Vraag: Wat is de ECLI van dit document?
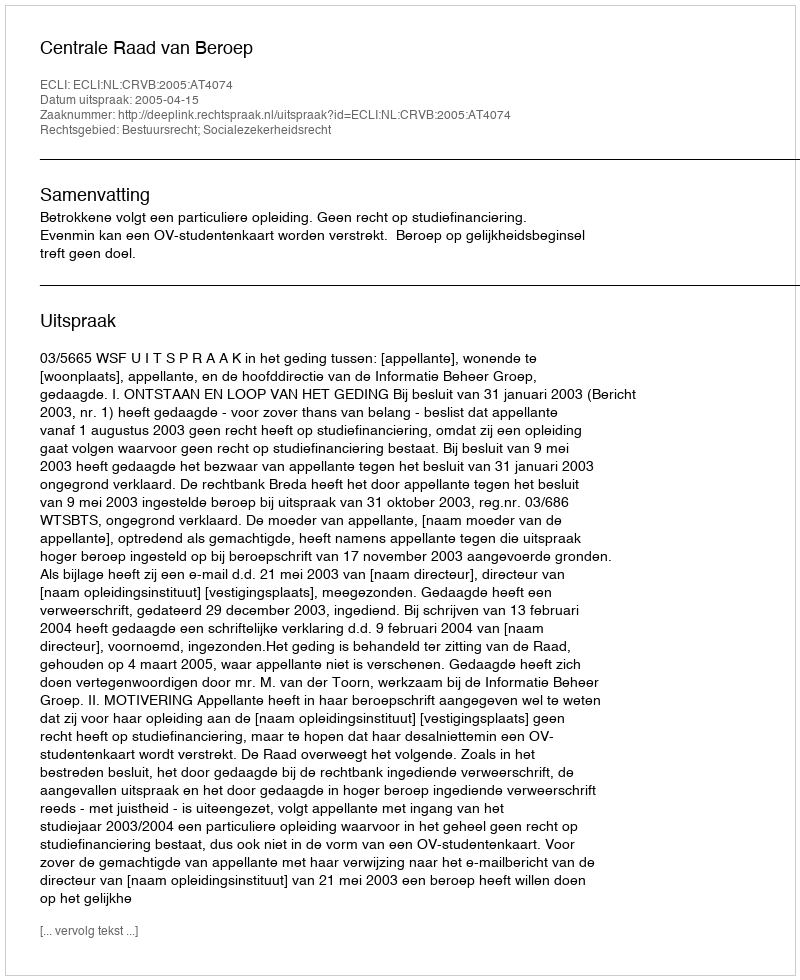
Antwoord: ECLI:NL:CRVB:2005:AT4074